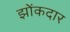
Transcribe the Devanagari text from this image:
झोंकदार